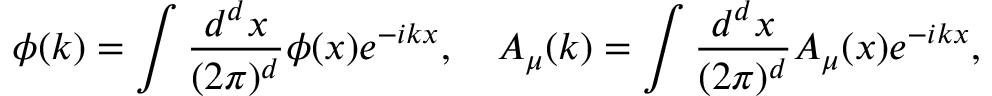
\phi ( k ) = \int \frac { d ^ { d } x } { ( 2 \pi ) ^ { d } } \phi ( x ) e ^ { - i k x } , \quad A _ { \mu } ( k ) = \int \frac { d ^ { d } x } { ( 2 \pi ) ^ { d } } A _ { \mu } ( x ) e ^ { - i k x } ,